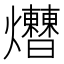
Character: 𤓗